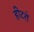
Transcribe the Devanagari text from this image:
हीटरों